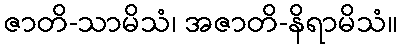
ဇာတိ-သာမိသံ၊ အဇာတိ-နိရာမိသံ။